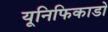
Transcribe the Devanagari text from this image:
यूनिफिकाडो